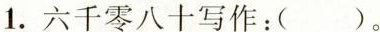
1.六千零八十写作：（）。